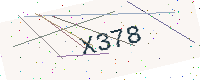
Text: X378